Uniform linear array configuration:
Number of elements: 12
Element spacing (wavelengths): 1
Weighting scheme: binomial
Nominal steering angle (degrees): -15
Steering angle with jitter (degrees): -16.424
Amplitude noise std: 0.05
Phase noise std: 0.05

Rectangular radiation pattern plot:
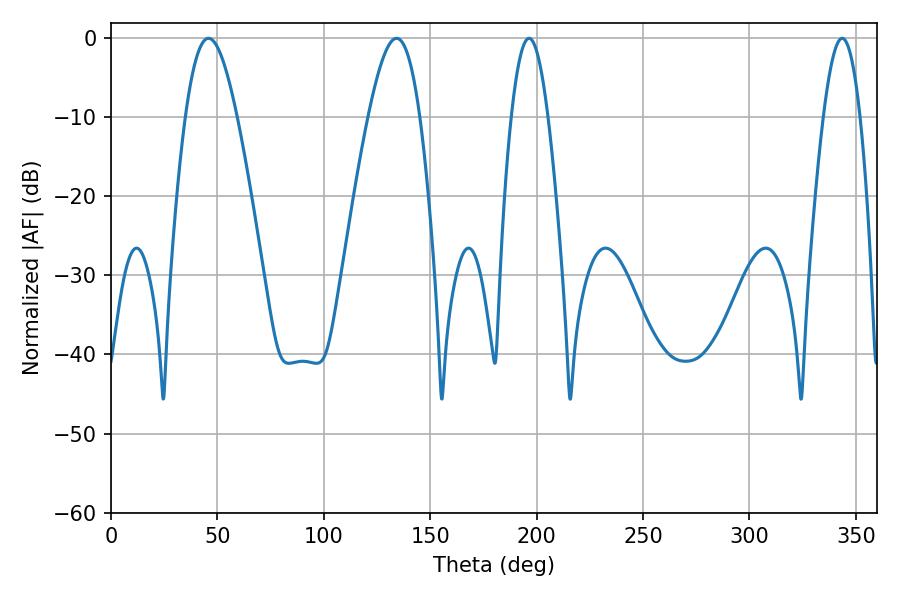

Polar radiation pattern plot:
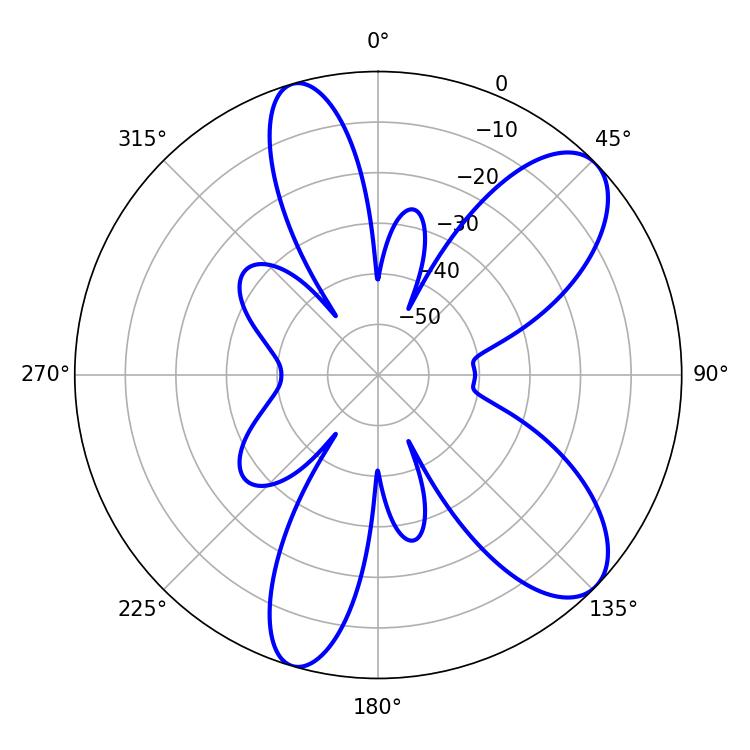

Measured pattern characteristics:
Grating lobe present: TRUE
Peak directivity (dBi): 8.912
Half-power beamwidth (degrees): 9.36
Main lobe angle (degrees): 196.38